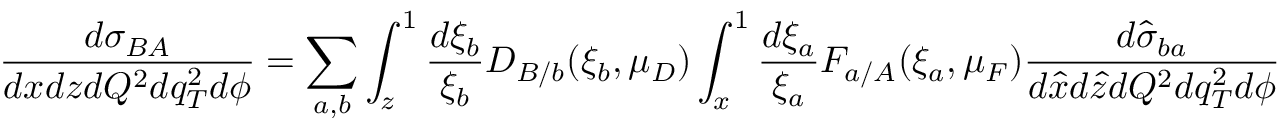
\frac { d \sigma _ { B A } } { d x d z d Q ^ { 2 } d q _ { T } ^ { 2 } d \phi } = \sum _ { a , b } \int _ { z } ^ { 1 } \frac { d \xi _ { b } } { \xi _ { b } } D _ { B / b } ( \xi _ { b } , \mu _ { D } ) \int _ { x } ^ { 1 } \frac { d \xi _ { a } } { \xi _ { a } } F _ { a / A } ( \xi _ { a } , \mu _ { F } ) \frac { d \hat { \sigma } _ { b a } } { d \hat { x } d \hat { z } d Q ^ { 2 } d q _ { T } ^ { 2 } d \phi } .